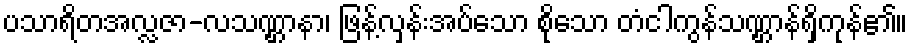
ပသာရိတအလ္လဇာ-လသဏ္ဌာနာ၊ ဖြန့်လှန်းအပ်သော စိုသော တံငါကွန်သဏ္ဌာန်ရှိကုန်၏။